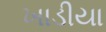
ખાડીયા